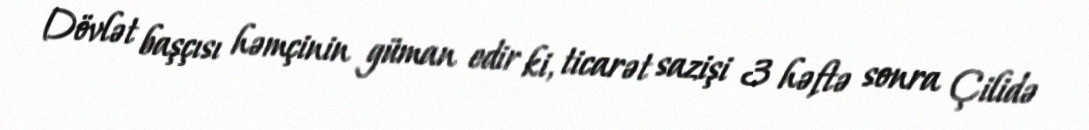
Dövlət başçısı həmçinin güman edir ki, ticarət sazişi 3 həftə sonra Çilidə